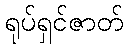
ရုပ်ရှင်ဇာတ်